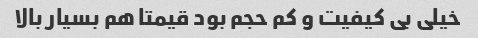
خیلی بی کیفیت و کم حجم بود قیمتا هم بسیار بالا